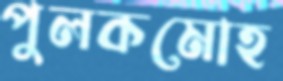
পুলকমোহ